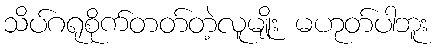
သိပ်ဂရုစိုက်တတ်တဲ့လူမျိုး မဟုတ်ပါဘူး